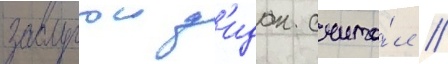
заслугои з'идан счита́л /